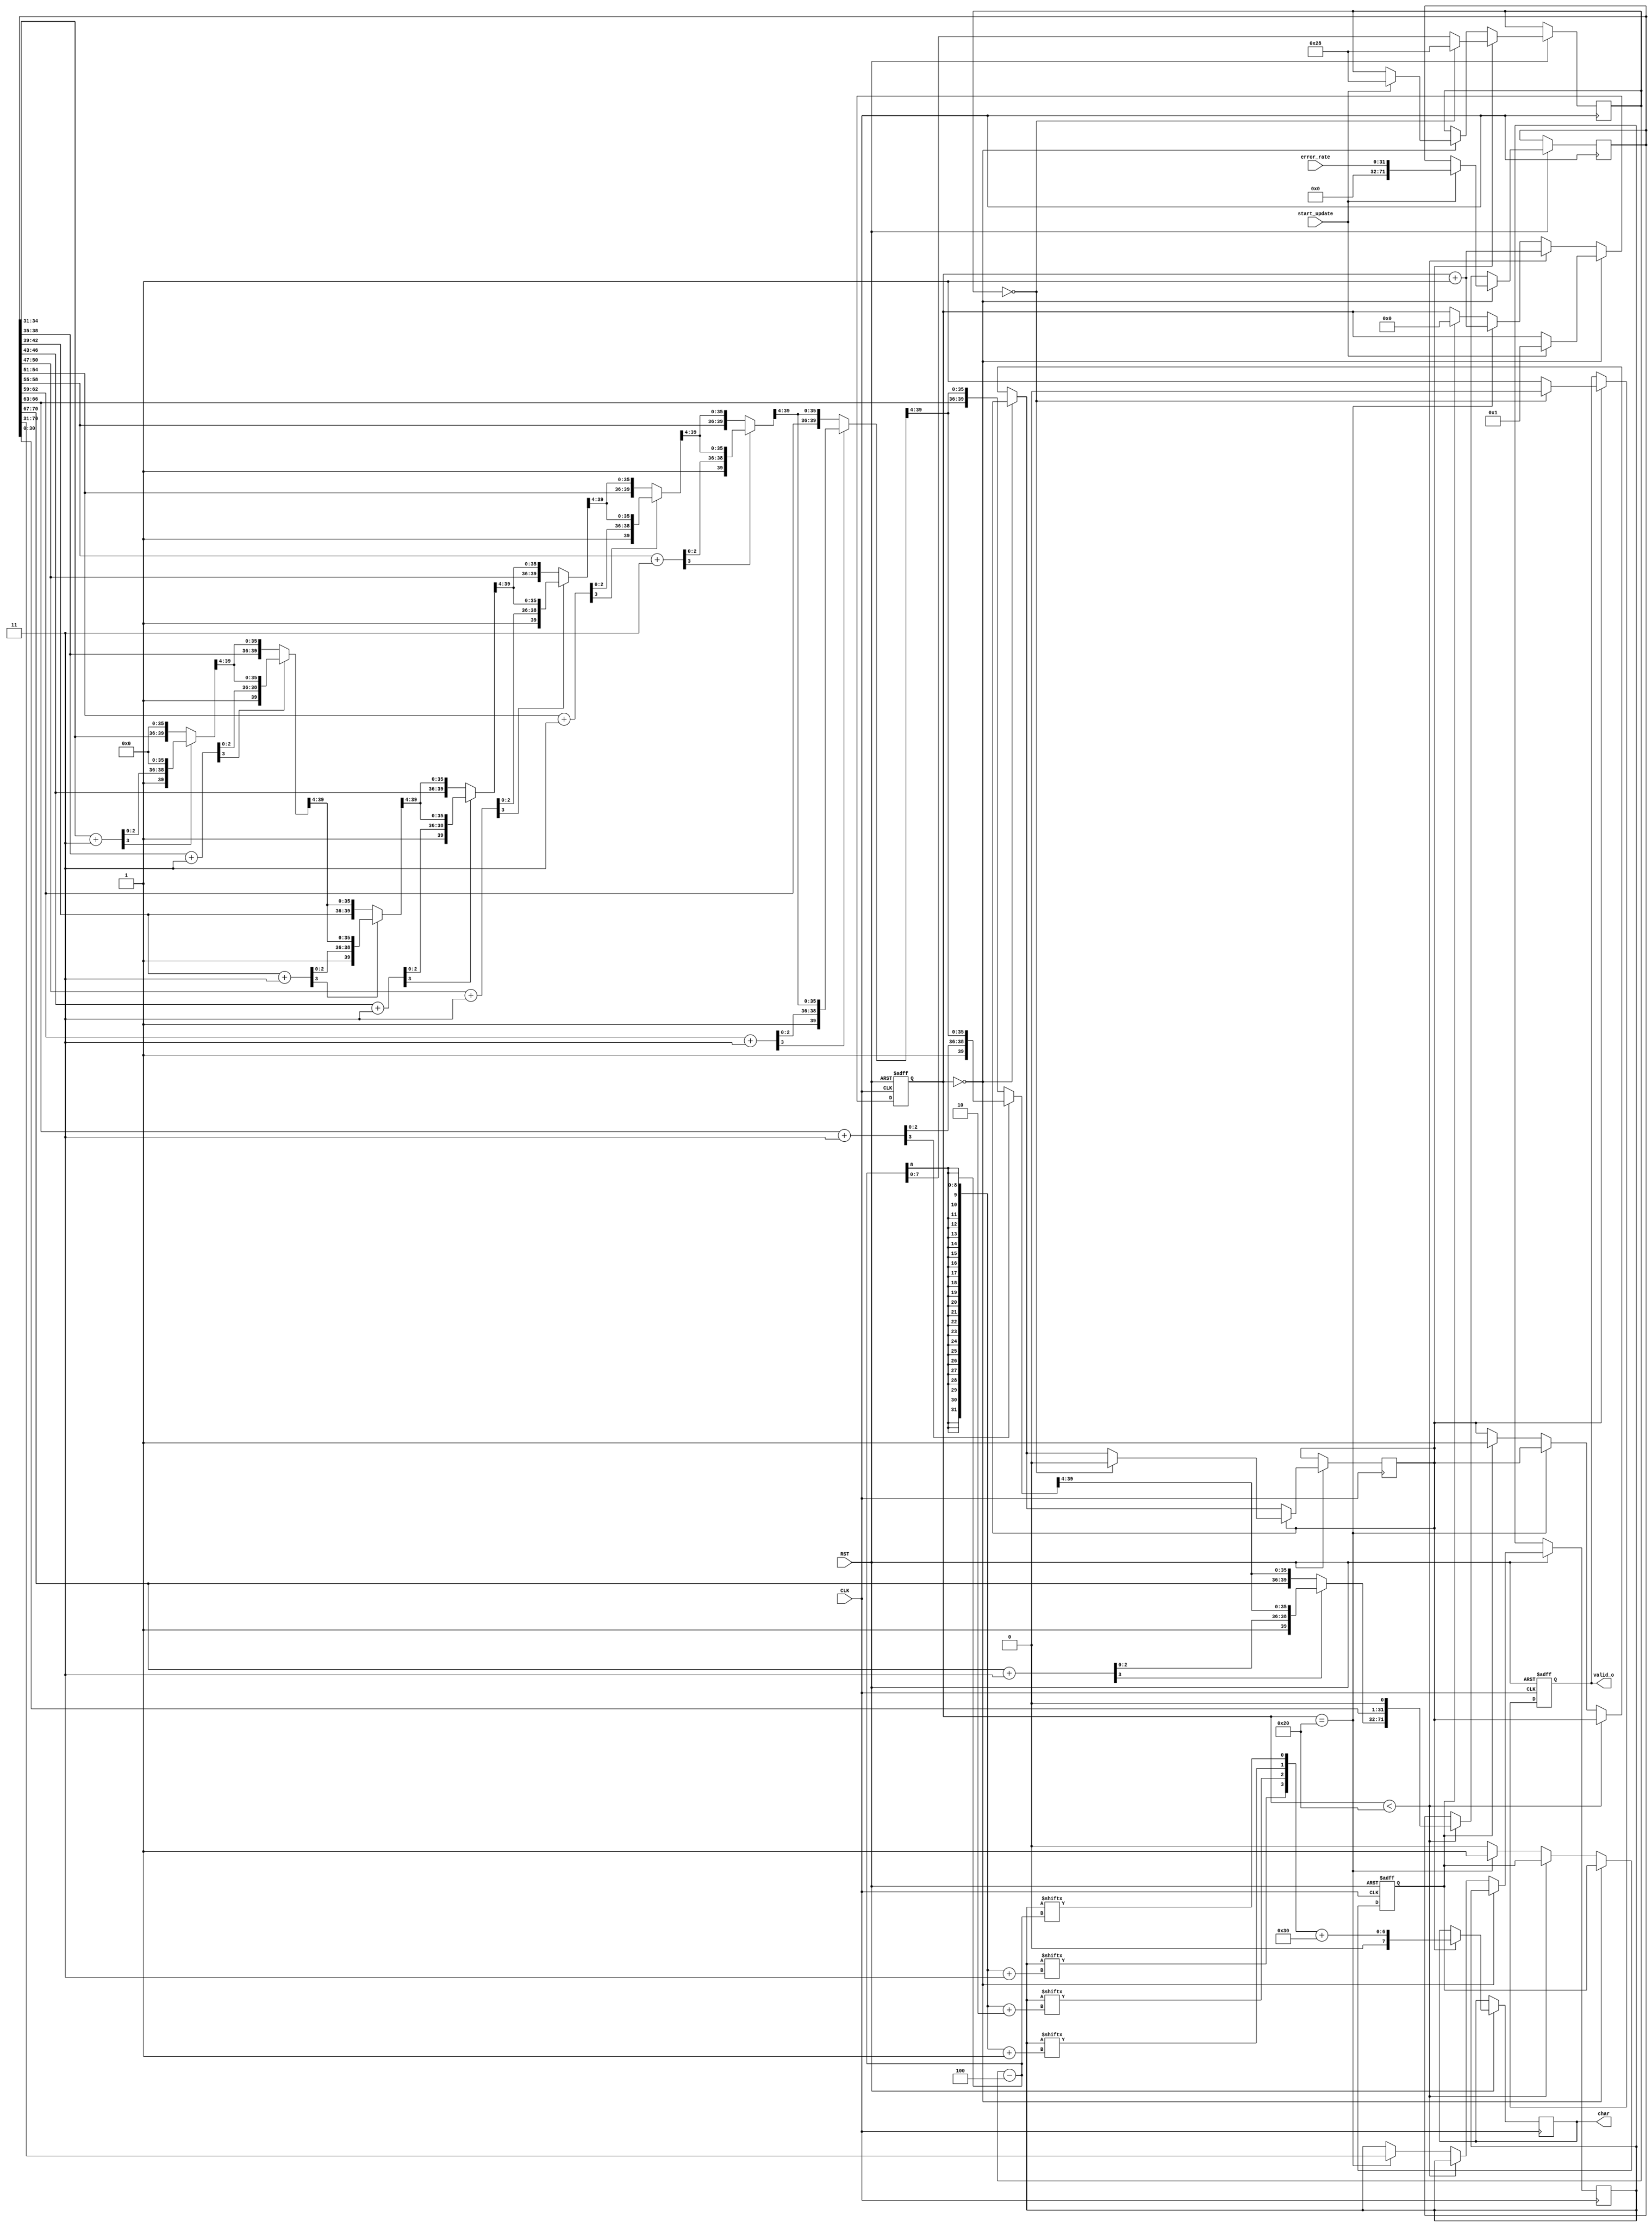
`define BWW 6
`define BW  32
`define DW  10
`define DWW 4
`define DWB 40



module num2char
  (
   input        CLK,
   input        RST,

   input        start_update,
   input [31:0] error_rate,

   output [7:0] char,
   output       valid_o
   );

   reg [`BWW:0]   state;
   reg [`BW+`DWB-1:0] AllReg;
   reg [`DWB-1:0]     char_reg;

   reg [7:0]     dispchar;
   reg            char_ready;
   reg [7:0]      cnt;
   reg            valid_out, disp_start;

   wire [`BW+`DWB:0]  tempReg;
//  wire [`BW-1:0] error_rate;

   assign tempReg = {AllReg[`BW+`DWB-2:0],1'b0};
   assign char = dispchar;
   assign valid_o = valid_out;


   always@(posedge CLK or negedge RST)
     begin
        if(!RST)
          begin
             state <= 0;
             char_ready <= 0;
             valid_out <= 0;

          end
        else
          begin
             if(state == 0)
               begin
                  if(start_update == 1)
                    begin
                       cnt <= 40;
                       state <= 1;
                       AllReg <= {`DWB'b0, error_rate};
                    end
               end
             else if(state < (`BW))
               begin
                  AllReg <= {onedigit(tempReg), tempReg[`BW-1:0]};
                  state <= state +1;
               end
             else if(state == (`BW))
               begin
                  char_reg <= tempReg[`BW+`DWB-1:`BW];
                  state <= state +1;
                  char_ready <= 1;
               end
             else if(char_ready == 1)
               begin
                  state <= 0;
                  char_ready <= 0;
                  disp_start <= 1;
               end
             if (disp_start == 1)
               begin
                  valid_out <= 1;
                  dispchar <= ({char_reg[(cnt-4)+3], char_reg[(cnt-4)+2], char_reg[(cnt-4)+1], char_reg[(cnt-4)]}) +8'h30;
                  cnt <=  cnt - 4;
                  if(cnt == 0)
                    begin
                       cnt <= 40;
                       valid_out <= 0;
                       disp_start <= 0;
                    end
               end
          end
     end

   function [`DWB-1:0] onedigit;
      input  [`BW+`DWB-1:0] in;
      reg   [3:0] t0,t1;
      reg   [`DWB-1:0] a;
      integer          i;

      begin
         a = in[`BW+`DWB-1:`BW];
         onedigit = 0;
         for (i=0; i<`DW; i=i+1)
           begin
              onedigit =onedigit>>4;
              t0 = a[3:0];
              a = a >> 4;
              t1 = t0 +2'b11;
              if(t1[3] == 1)
                begin
                   onedigit = {t1[3:0], onedigit[`DWB-5:0]};
                end
              else
                begin
                   onedigit = {t0[3:0], onedigit[`DWB-5:0]};
                end
           end
      end
   endfunction

endmodule // num2char